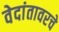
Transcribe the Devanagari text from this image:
वेदांतावरचे